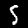
Label: 5